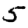
Digit: 5